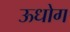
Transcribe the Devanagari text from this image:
ऊधोग